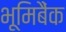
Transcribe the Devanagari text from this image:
भूमिबैंक